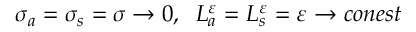
\sigma _ { a } = \sigma _ { s } = \sigma \to 0 , \; \; L _ { a } ^ { \varepsilon } = L _ { s } ^ { \varepsilon } = \varepsilon \to c o n e s t